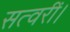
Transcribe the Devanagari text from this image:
सत्वरीं।